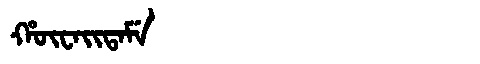
Manchu: ᡥᡡᠸᠠᡳᡨᠠᠮᡝ
Romanization: HŪWAITAME